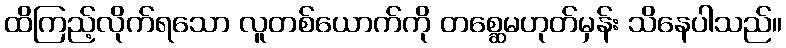
ထိကြည့်လိုက်ရသော လူတစ်ယောက်ကို တစ္ဆေမဟုတ်မှန်း သိနေပါသည်။